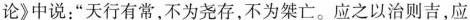
论》中说：”天行有常，不为尧存，不为桀亡。应之以治则吉，应